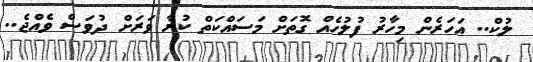
ލުކް.. އަހަރެން މިހާރު ފުލުހެއް ގޮތަށް މަސައްކަތް ކުރާ ވަރަށް ދުވަސް ވެއްޖެ..